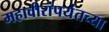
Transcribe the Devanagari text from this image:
महावीरांपर्यंतच्या